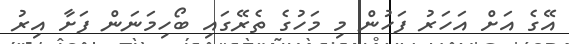
އޭގެ އަށް އަހަރު ފަހުން މި މަހުގެ ތެރޭގައި ބޯހިމަނަން ފަށާ އިރު